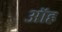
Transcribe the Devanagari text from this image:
ऑह